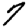
Digit: 7